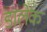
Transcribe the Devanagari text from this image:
डालेक